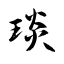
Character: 琰